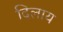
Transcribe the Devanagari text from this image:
दिलाय